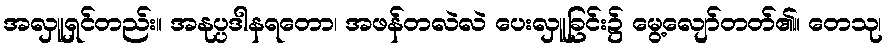
အလှူရှင်တည်း။ အနုပ္ပဒါနရတော၊ အဖန်တလဲလဲ ပေးလှူခြင်း၌ မွေ့လျော်တတ်၏။ တေသု၊